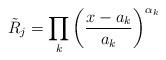
LaTeX: \begin{align*}\tilde R_j=\prod_k\left(\frac{x-a_k}{a_k}\right)^{\alpha_k}\end{align*}